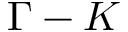
\Gamma - K